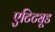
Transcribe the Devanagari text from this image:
एटिट्यूड